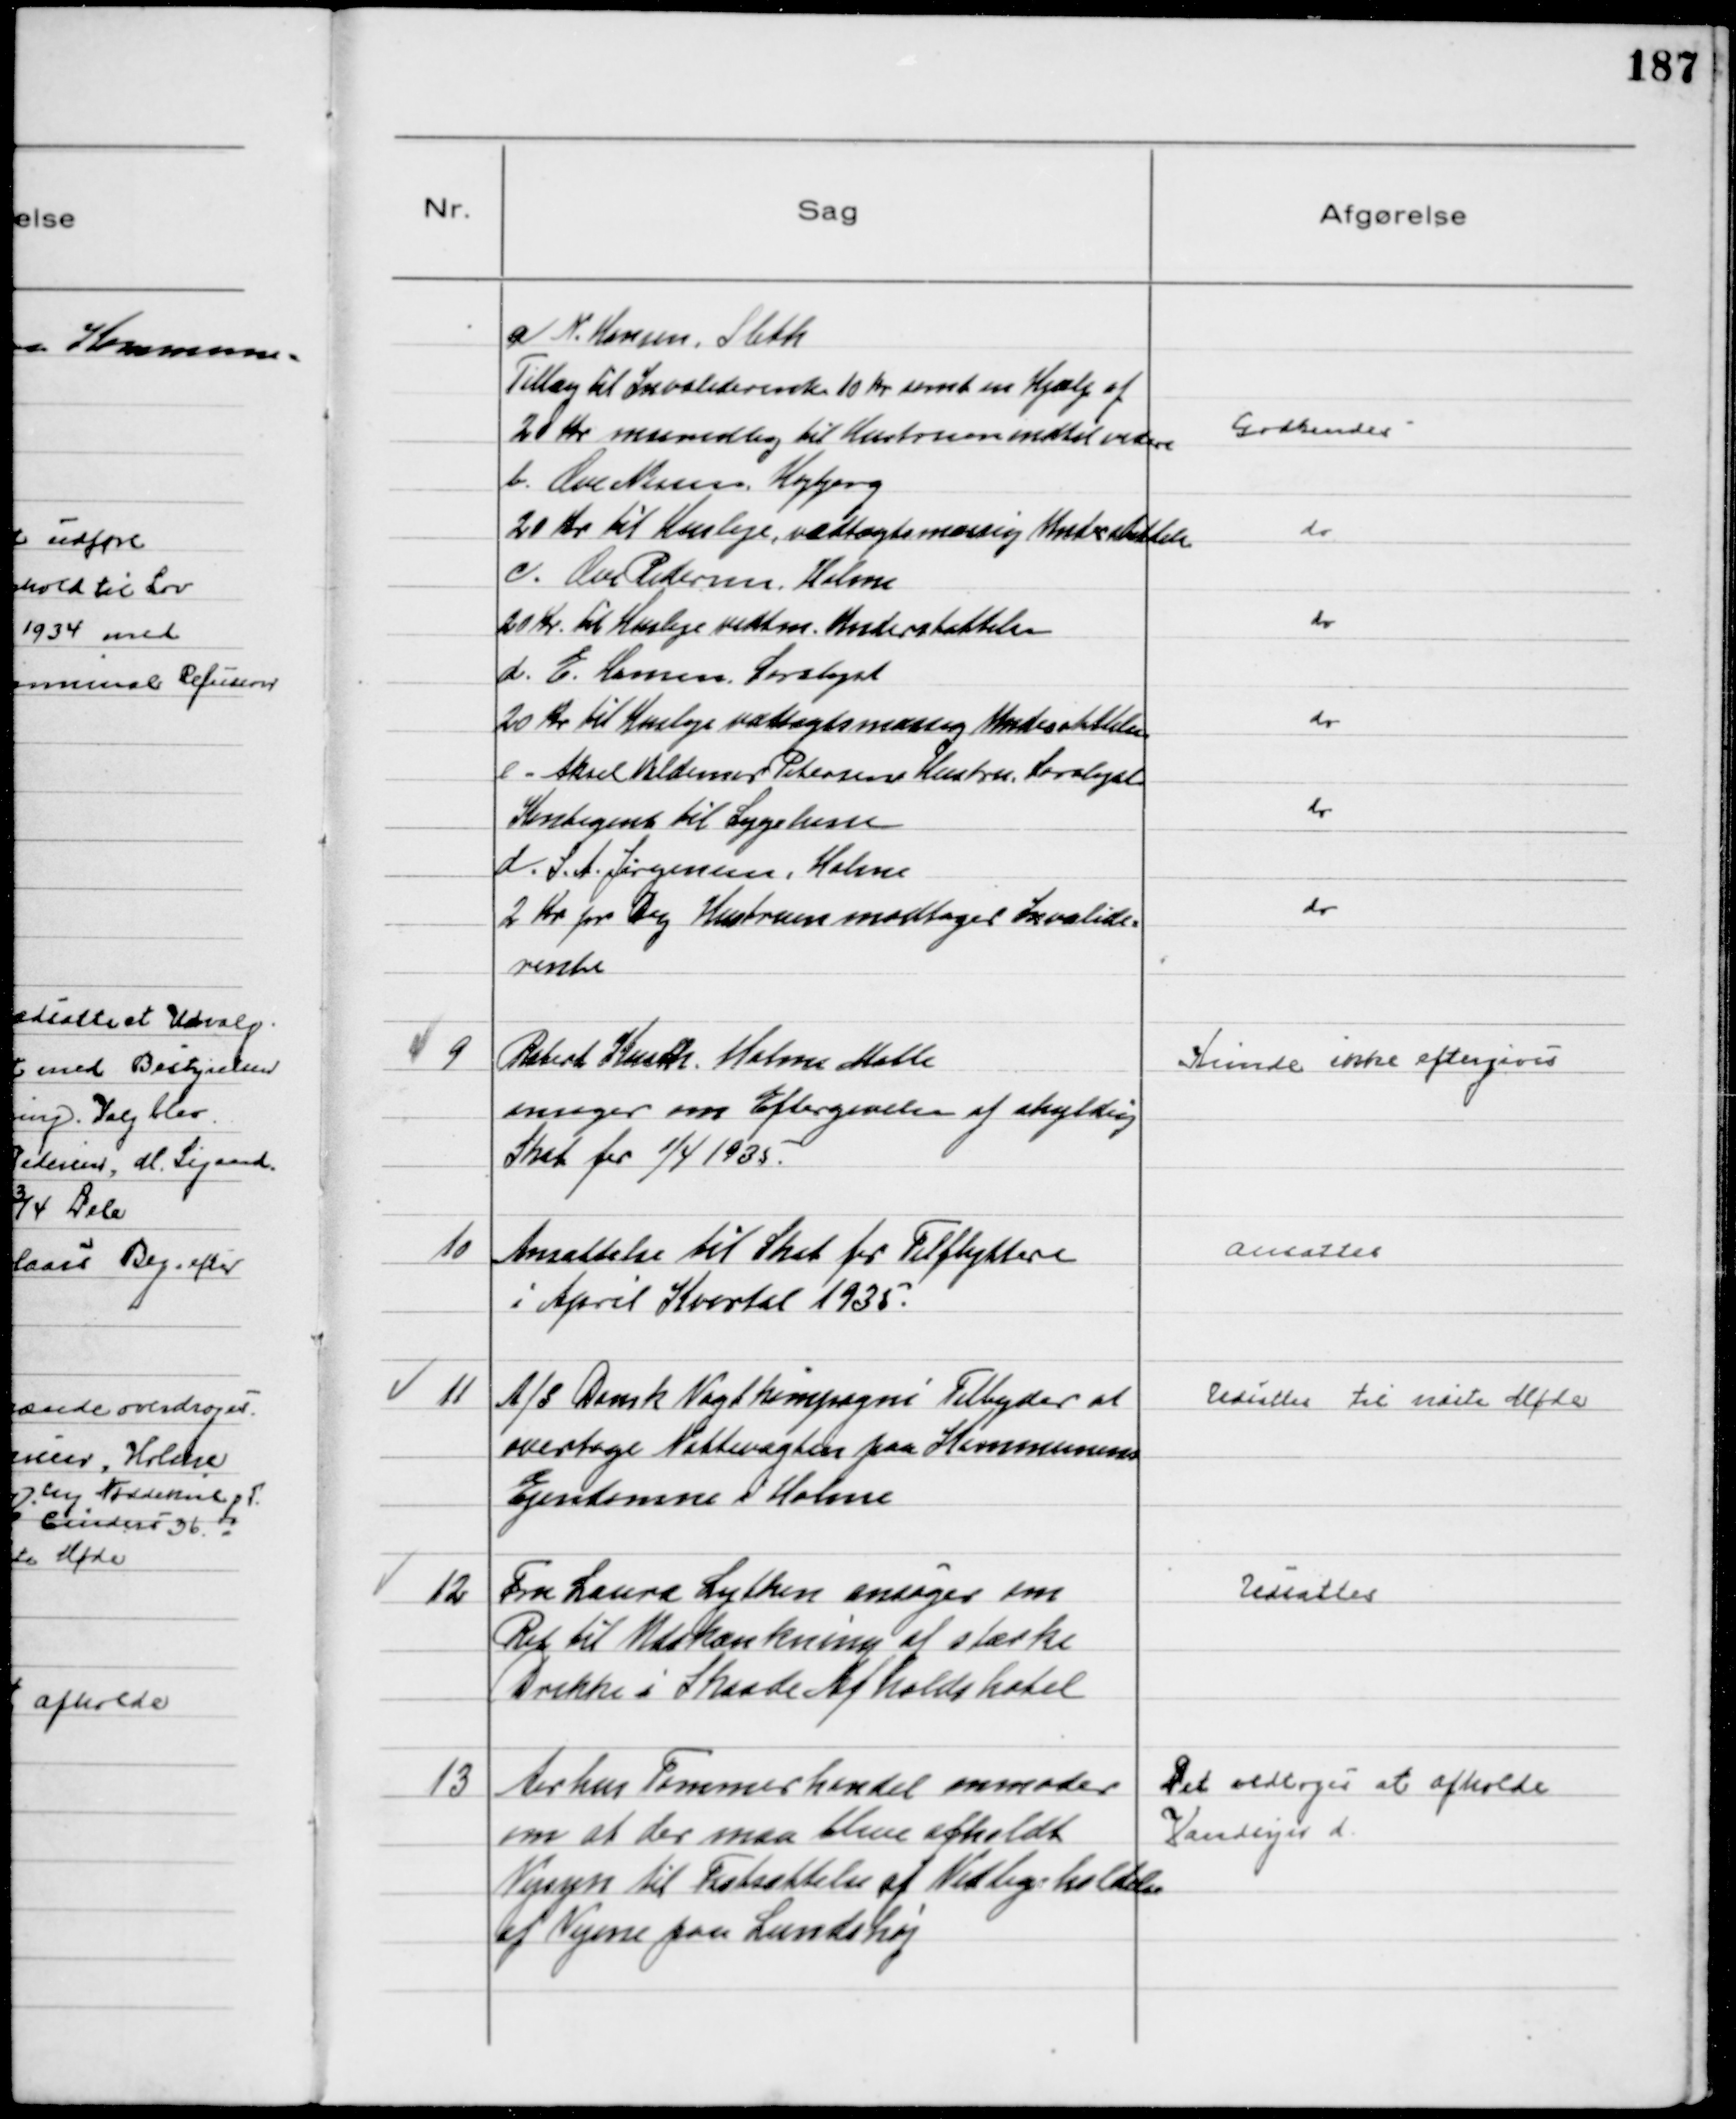
Transskription:
A N. Hansen, Sleth
Tillæg til Invaliderente 10 Kr samt en Hjælp af
20 kr maanedlig til Hustruen indtil videre
Godkendes
b. Ove Nissen, Højbjerg
20 Kr til Husleje, vedtægtsmæssig Understøttelse
do
c. Ove Pedersen, Holme
20 Kr. til Husleje vedtm. Understøttelse
do
d. E. Hansen, Saralyst
20 Kr til Husleje vedtægtsmæssig Understøttelse
do
e. Aksel Valdemar Petersens Hustru, Saralyst
Kontigent til Sygekasse
do
d. S. A. Jørgensen, Holme
2 Kr pr Dag Hustruen modtager Invalide=
rente
do

9
Robert Kusch, Holme Mølle
ansøger om Eftergivelse af skyldig
Skat fra 1/4 1935.

Kunde ikke eftergives

10
Ansættelse til Skat for Tilflyttere
i April Kvartal 1935.

Ansattes

11
A/S Dansk Vagtkompagni Tilbyder at
overtage Nattevagten paa Kommunens
Ejendomme i Holme

Udsattes til næste Møde

12
Fru Laura Lytken ansøger om
Ret til Udskænkning af stærke
Drikke i Skaade Afholdshotel

Udsattes

13
Aarhus Tømmerhandel anmoder
om at der maa blive afholdt
Vejsyn til Fastsættelse af Vedligeholdelse
af Vejene paa Lundshøj

Det vedtoges at afholde
Vandsyn d.